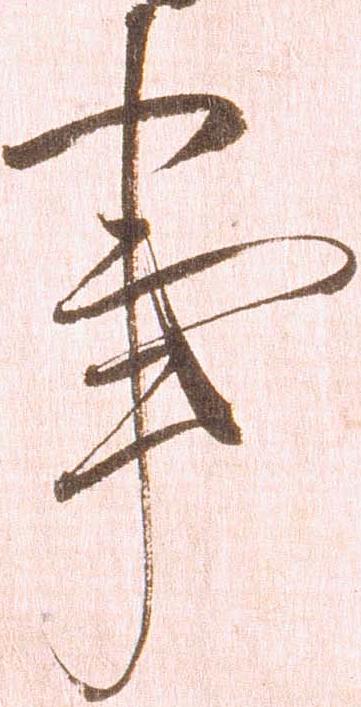
事